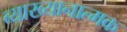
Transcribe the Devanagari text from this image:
व्याख्यानात्मक